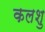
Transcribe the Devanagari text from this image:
कलशु